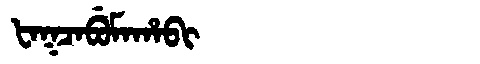
Manchu: ᡶᠠᡴᠴᠠᠪᡠᠮᠠᡥᠠᠪᡳ
Romanization: FAKCABUMAHABI